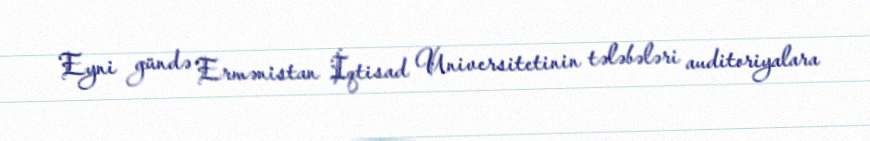
Eyni gündə Ermənistan İqtisad Universitetinin tələbələri auditoriyalara